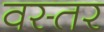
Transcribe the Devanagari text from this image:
वस्तर